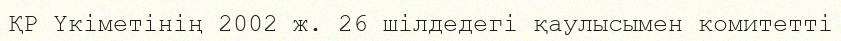
ҚР Үкіметінің 2002 ж. 26 шілдедегі қаулысымен комитетті